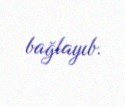
bağlayıb.